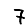
Digit: 7